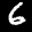
Label: 6